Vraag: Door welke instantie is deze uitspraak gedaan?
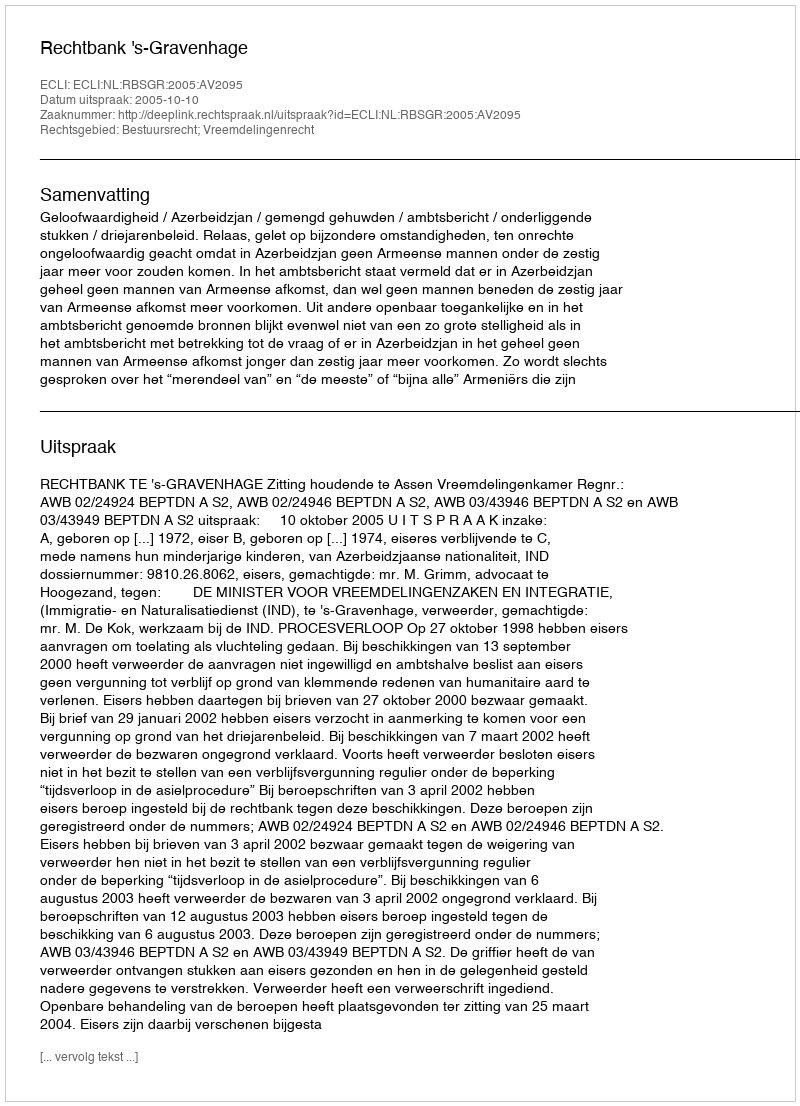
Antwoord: Rechtbank 's-Gravenhage